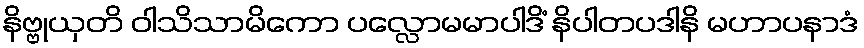
နိဗ္ဗုယှတိ ဝါသိသာမိကော ပလ္လောမမာပါဒိံ နိပါတပဒါနိ မဟာပနာဒံ